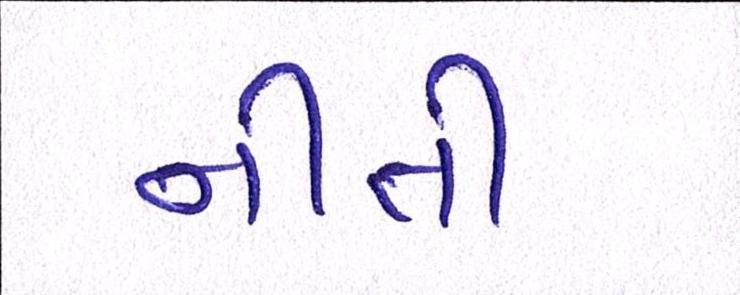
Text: નીતી